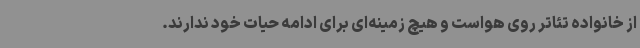
از خانواده تئاتر روی هواست و هیچ زمینه‌ای برای ادامه حیات خود ندارند.